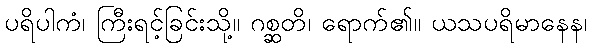
ပရိပါကံ၊ ကြီးရင့်ခြင်းသို့။ ဂစ္ဆတိ၊ ရောက်၏။ ယသပရိမာနေန၊